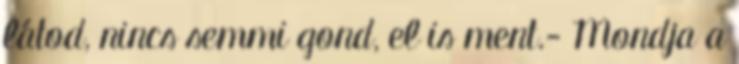
látod, nincs semmi gond, el is ment.- Mondja a